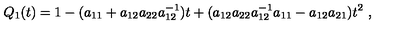
Q _ { 1 } ( t ) = 1 - ( a _ { 1 1 } + a _ { 1 2 } a _ { 2 2 } a _ { 1 2 } ^ { - 1 } ) t + ( a _ { 1 2 } a _ { 2 2 } a _ { 1 2 } ^ { - 1 } a _ { 1 1 } - a _ { 1 2 } a _ { 2 1 } ) t ^ { 2 } \ ,